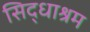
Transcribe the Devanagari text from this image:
सिद्धाश्रम